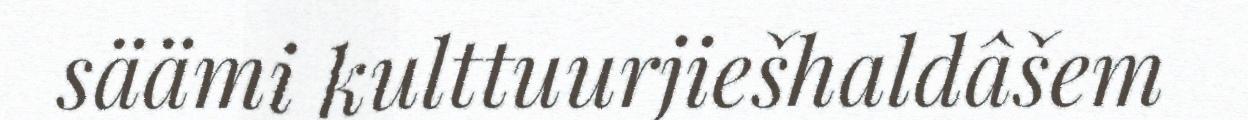
säämi kulttuurjiešhaldâšem